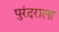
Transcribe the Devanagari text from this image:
पुरंदराला